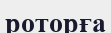
роторға